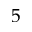
5